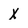
Character: X